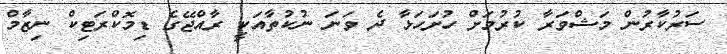
ސަރުކާރުން މަޝްވަރާ ކުރުމަށް ހުށަހަޅާ ދެ ވަނަ ނުކުތާއަކީ ރާއްޖޭގެ ޑިމޮކްރަޓިކް ނިޒާމް